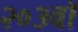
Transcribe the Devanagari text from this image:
२०३वॉ